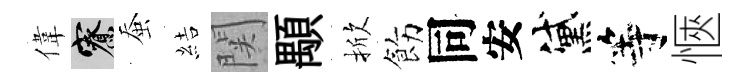
偉寮蚕結関顒掀飭同安黛等愜